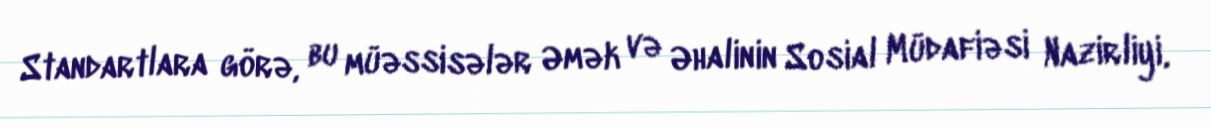
Standartlara görə, bu müəssisələr Əmək və Əhalinin Sosial Müdafiəsi Nazirliyi,